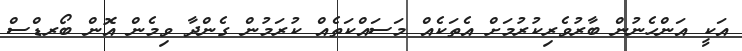
އަކީ އަންހެނުން ބާރުވެރިކުރުމަށް އެތަކެއް މަސައްކަތެއް ކުރަމުން ގެންދާ ވިމެން އޮން ބޯރޑްސް